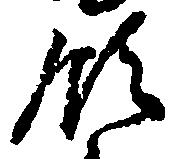
領